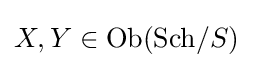
X,Y\in \operatorname {Ob} (\mathrm {Sch} /S)